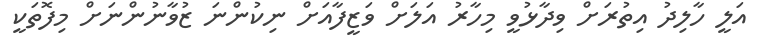
އަލީ ހާލިދު އިތުރަށް ވިދާޅުވީ މިހާރު އަލަށް ވަޒީފާއަށް ނިކުންނަ ޒުވާނުންނަށް މިފޮތަކީ